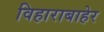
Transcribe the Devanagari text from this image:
विहाराबाहेर